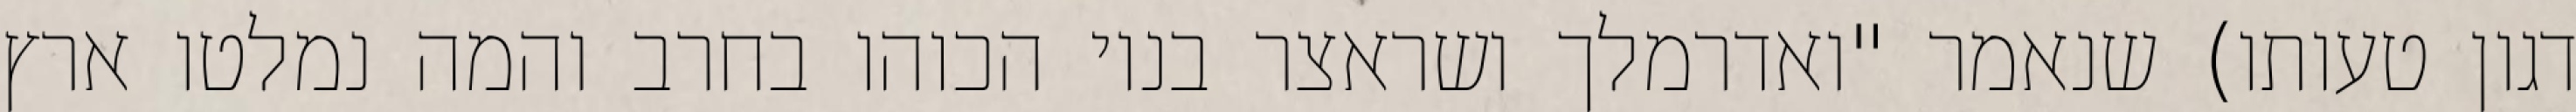
דגון טעותו) שנאמר "ואדרמלך ושראצר בניו הכוהו בחרב והמה נמלטו ארץ